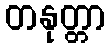
တနုတ္တာ